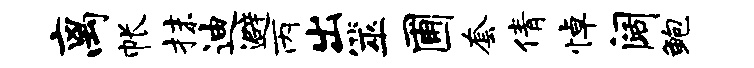
离帐抹迪避丙出筮圃套倩悼阔鲍